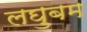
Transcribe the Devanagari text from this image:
लघुबम